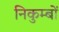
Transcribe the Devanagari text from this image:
निकुम्बों